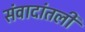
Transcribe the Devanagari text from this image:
संवादांतली